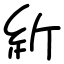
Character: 紤